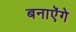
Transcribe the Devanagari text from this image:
बनाऐंगे